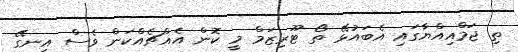
ތި ޖަމްއިއްޔާގައި އެބައުޅޭ ތޯ ޓޫރިޒަމް މީ ކޮން އެއްޗެއްކަން ވެސް އިނގޭ